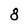
Character: 8